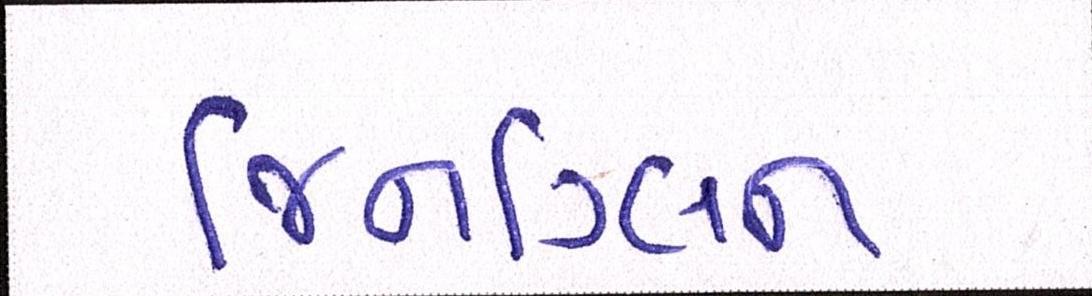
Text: જિનગ્લિન